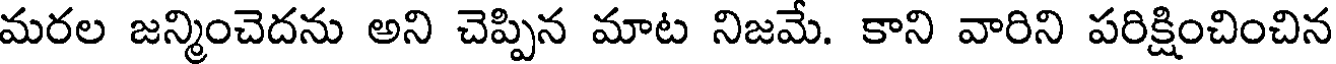
మరల జన్మించెదను అని చెప్పిన మాట నిజమే. కాని వారిని పరిక్షించించిన